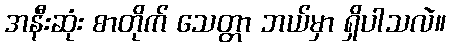
အနီးဆုံး စာတိုက် သေတ္တာ ဘယ်မှာ ရှိပါသလဲ။